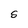
Character: S